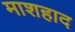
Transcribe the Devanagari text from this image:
माशहाद